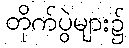
တိုက်ပွဲများ၌